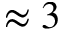
\approx 3